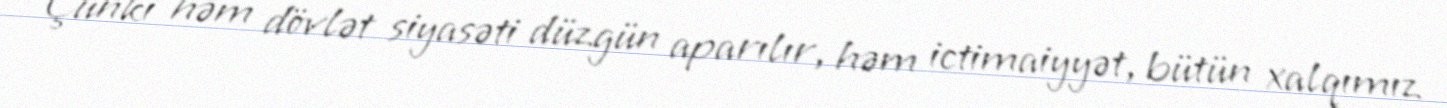
Çünki həm dövlət siyasəti düzgün aparılır, həm ictimaiyyət, bütün xalqımız